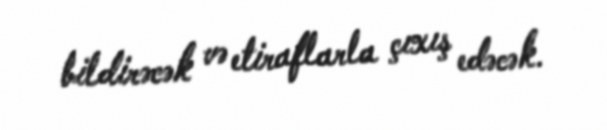
bildirəcək və etiraflarla çıxış edəcək.